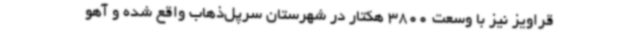
قراویز نیز با وسعت 3800 هکتار در شهرستان سرپل‌ذهاب واقع شده و آهو